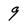
Character: 9